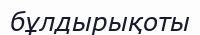
бұлдырықоты